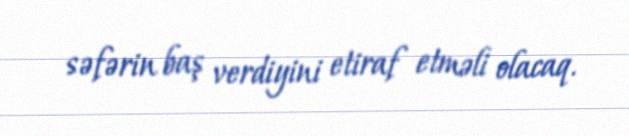
səfərin baş verdiyini etiraf etməli olacaq.